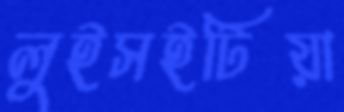
লুইসইটিয়া